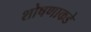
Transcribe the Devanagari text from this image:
शोषणाकडे